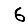
Digit: 6